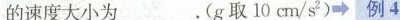
的速度大小为___。(g取10cm/s2)\rightarrow例4